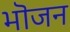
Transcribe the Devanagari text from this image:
भॊजन